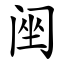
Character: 䦷